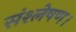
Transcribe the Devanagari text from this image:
संश्लेषण।